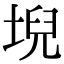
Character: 堄